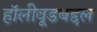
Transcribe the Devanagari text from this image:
हॉलीवूडबद्दल